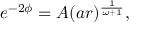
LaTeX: e ^ { - 2 \phi } = A ( a r ) ^ { \frac { 1 } { \omega + 1 } } ,